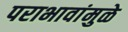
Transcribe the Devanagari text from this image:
पराभावांमुळे